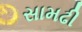
સામઢી